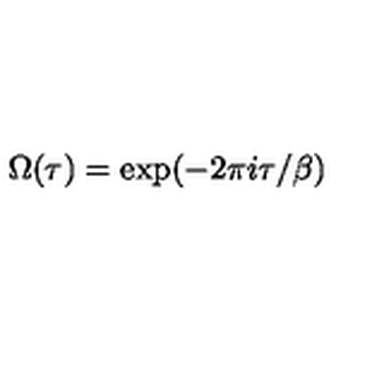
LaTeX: \Omega ( \tau ) = \exp ( - 2 \pi i \tau / \beta )